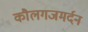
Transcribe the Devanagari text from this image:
कौलगजमर्दन